Leaving Certificate Examination, 1921
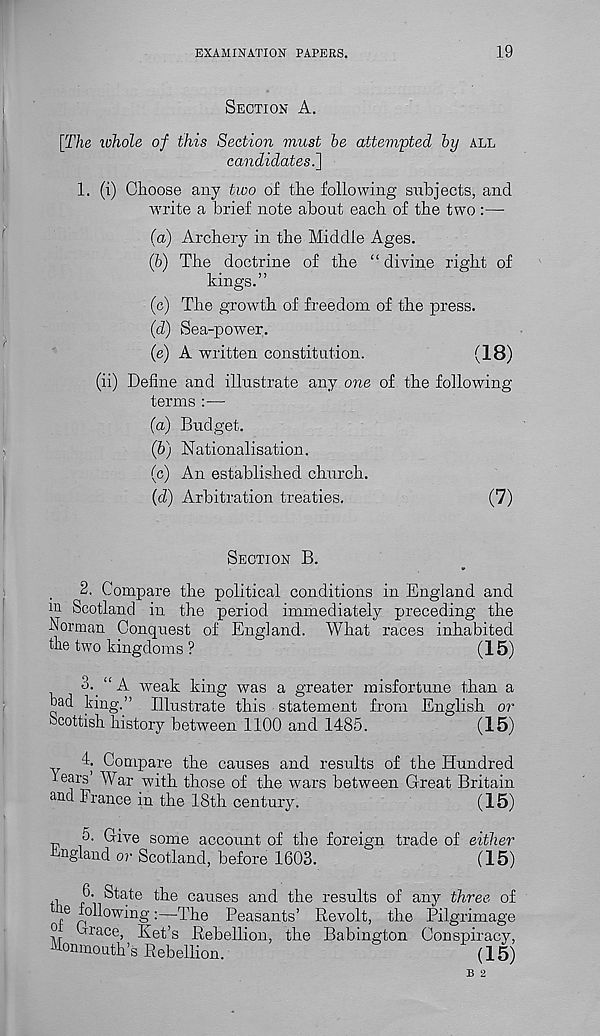
EXAMINATION PAPERS.
19
SECTION A.
[The whole of this Section must be attevipted by ALL
candidates^]
1.
(i) Choose any two of the following su
write a brief note about each of the two :—
(а) Archery in the Middle Ages.
(б) The doctrine of the “ divine right of
kings.”
(c) The growth of freedom of the press.
(d) Sea-power.
(e) A written constitution.
(18)
(ii) Define and illustrate any one of the following
terms :—•
(a) Budget.
(b) Nationalisation.
(c) An established church.
(d) Arbitration treaties.
(7)
SECTION B.
2.
Compare the political conditions in E
HI Scotland in the period immediately preceding the
Norman Conquest of England. What races inhabited
the two kingdoms ?
(15)
3._ “ A weak king was a greater misfortune than a
bad king.” Illustrate this statement from English or
Scottish history between 1100 and 1485.
(15)
4. Compare the causes and results of the Hundred
rears War with those of the wars between Great Britain
and France in the 18th century.
(15)
5. Give some account of the foreign trade of either
England or Scotland, before 1603.
(15)
, P - State the causes and the results of any three of
e following:—The Peasants’ Revolt, the Pilgrimage
? r
jrace , Set’s Rebellion, the Babington Conspiracy,
Monmouth’s Rebellion.
(15)